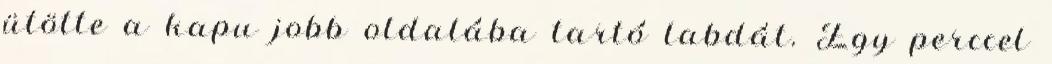
ütötte a kapu jobb oldalába tartó labdát. Egy perccel